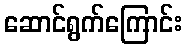
ဆောင်ရွက်ကြောင်း